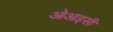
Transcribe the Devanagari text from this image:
ओआइसी